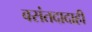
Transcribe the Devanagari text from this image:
वसंतदादाही